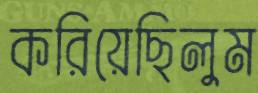
করিয়েছিলুম